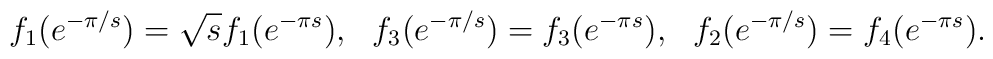
f_1(e^{-\pi /s}) = \sqrt{s}f_1(e^{-\pi s}), ~~ f_3(e^{-\pi /s}) =  f_3(e^{-\pi s}), ~~f_2(e^{-\pi /s}) = f_4(e^{-\pi s}).